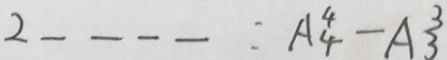
2 \_ \_ \_ \_ : A _ { 4 } ^ { 4 } - A _ { 3 } ^ { 3 }